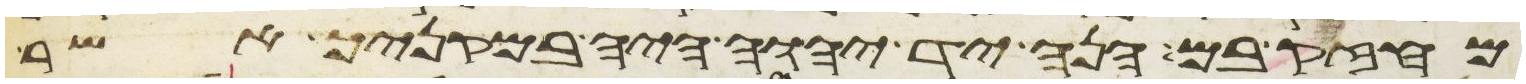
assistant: מחזק בם הנה יד יהוה היה במקניך אשר